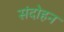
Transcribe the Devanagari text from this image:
संदोहन